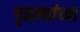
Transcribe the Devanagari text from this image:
गृहस्थांच्या